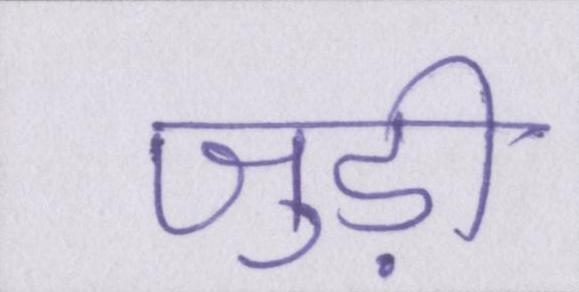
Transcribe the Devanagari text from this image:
जुड़ी